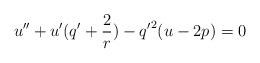
\begin{align*}u''+u'(q'+\frac{2}{r})-{q'}^2(u -2p)=0\end{align*}